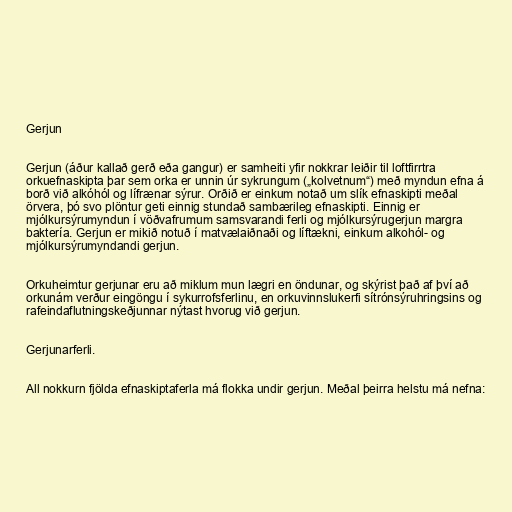
Gerjun

Gerjun (áður kallað gerð eða gangur) er samheiti yfir nokkrar leiðir til loftfirrtra
orkuefnaskipta þar sem orka er unnin úr sykrungum („kolvetnum“) með myndun efna á
borð við alkóhól og lífrænar sýrur. Orðið er einkum notað um slík efnaskipti meðal
örvera, þó svo plöntur geti einnig stundað sambærileg efnaskipti. Einnig er
mjólkursýrumyndun í vöðvafrumum samsvarandi ferli og mjólkursýrugerjun margra
baktería. Gerjun er mikið notuð í matvælaiðnaði og líftækni, einkum alkohól- og
mjólkursýrumyndandi gerjun.

Orkuheimtur gerjunar eru að miklum mun lægri en öndunar, og skýrist það af því að
orkunám verður eingöngu í sykurrofsferlinu, en orkuvinnslukerfi sítrónsýruhringsins og
rafeindaflutningskeðjunnar nýtast hvorug við gerjun.

Gerjunarferli.

All nokkurn fjölda efnaskiptaferla má flokka undir gerjun. Meðal þeirra helstu má nefna: